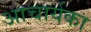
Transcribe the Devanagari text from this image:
अाचार्यका